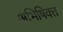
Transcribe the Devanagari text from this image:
अभिषिक्‍त